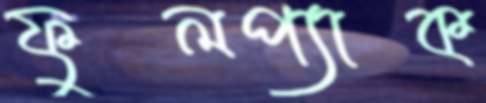
ফুলপ্যাক